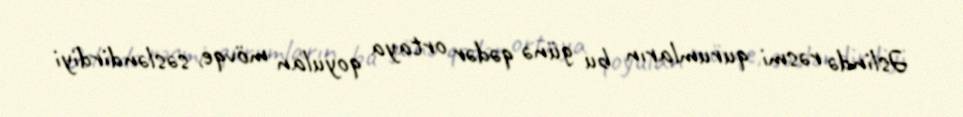
Əslində rəsmi qurumların bu günə qədər ortaya qoyulan mövqe, səsləndirdiyi